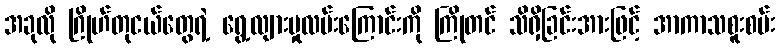
အခုလို ဂြိုဟ်တုငယ်တွေရဲ့ ရွေ့လျားမှုလမ်းကြောင်းကို ကြိုတင် သိရှိခြင်းအားဖြင့် အာကာသစူးစမ်း